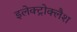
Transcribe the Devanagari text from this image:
इलेक्ट्रोक्लैश